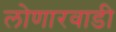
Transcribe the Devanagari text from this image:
लोणारवाडी